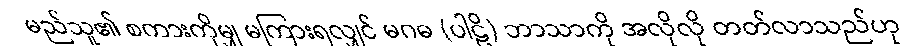
မည်သူ၏ စကားကိုမျှ မကြားရလျှင် မဂဓ (ပါဠိ) ဘာသာကို အလိုလို တတ်လာသည်ဟု